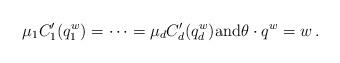
LaTeX: \begin{align*}\mu_1C^{\prime}_1(q^w_1)=\cdots=\mu_dC^{\prime}_d(q^w_d)\mbox{and} \theta \cdot q^w=w\,.\end{align*}